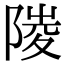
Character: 𨻎